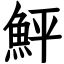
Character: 鮃